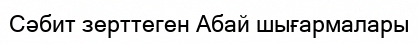
Сәбит зерттеген Абай шығармалары